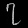
Digit: ၇